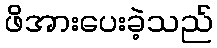
ဖိအားပေးခဲ့သည်